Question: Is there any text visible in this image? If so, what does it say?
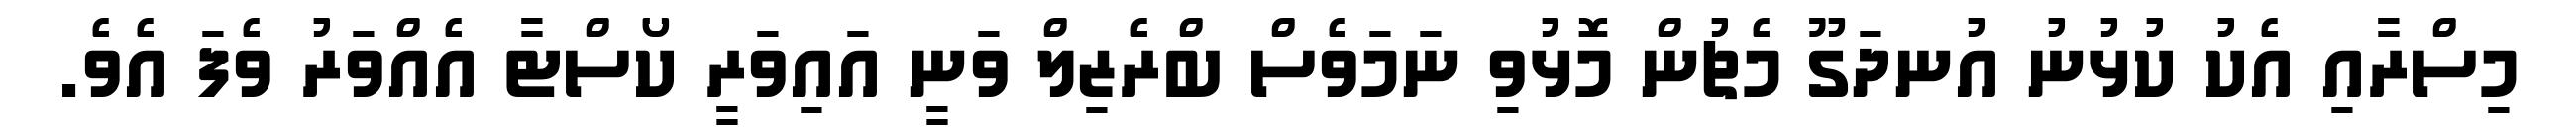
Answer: މިސްރާއި އެކު ކުޅުނު އުނދަގޫ މެޗުން މޮޅުވި ނަމަވެސް ބްރެޒިލް ވަނީ އައިވަރީ ކޯސްޓާ އެއްވަރު ވެފަ އެވެ.